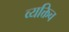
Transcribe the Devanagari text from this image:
व्यक्तिच